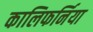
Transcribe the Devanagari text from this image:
कालिफर्निया